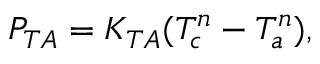
P _ { T A } = K _ { T A } ( T _ { c } ^ { n } - T _ { a } ^ { n } ) ,